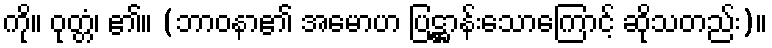
ကို။ ဝုတ္တံ၊ ၏။ (ဘာဝနာ၏ အမောဟ ပြဋ္ဌာန်းသောကြောင့် ဆိုသတည်း)။